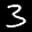
Label: 3